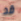
قد